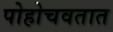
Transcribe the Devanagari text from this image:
पोहोचवतात